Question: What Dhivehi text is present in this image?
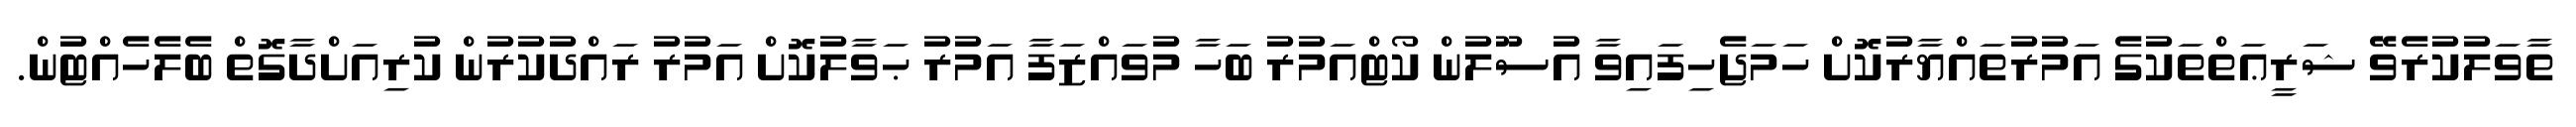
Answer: ތާވަލުކުރެވޭ ޝަރީޢަތްތަކުގެ އަމުރުތައްޔާރުކޮށް ހަމަޖެހިފައިވާ އުސޫލުން ކޯޓްއަމުރު ބަހާ މުވައްޒަފާ އަމުރު ޙަވާލުކޮށް އަމުރު ރައްދުކުރުން ކުރިއަށްދާގޮތް ބެލެހެއްޓުން.